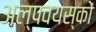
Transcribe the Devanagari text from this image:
अल्पवयस्कों